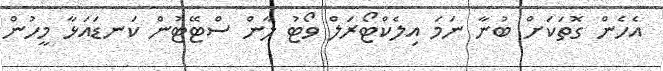
އެހެން ގޮތަކަށް ބުނާ ނަމަ އިލެކްޓޯރަލް ވޯޓު ލާން ސްޓޭޓުން ކަނޑައަޅާ މީހުން